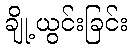
ချို့ယွင်းခြင်း